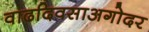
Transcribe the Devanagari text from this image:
वाढदिवसाअगोदर